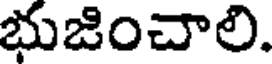
భుజించాలి.